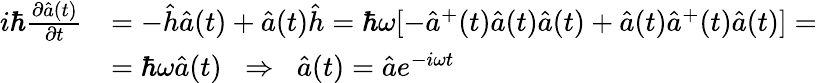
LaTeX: \begin{array}{rl}{i\hbar\frac{\partial\hat{a}(t)}{\partial t}}&{=-\hat{h}\hat{a}(t)+\hat{a}(t)\hat{h}=\hbar\omega[-\hat{a}^{+}(t)\hat{a}(t)\hat{a}(t)+\hat{a}(t)\hat{a}^{+}(t)\hat{a}(t)]=}\\ &{=\hbar\omega\hat{a}(t)\; \; \Rightarrow\; \; \hat{a}(t)=\hat{a}e^{-i\omega t}}\end{array}